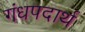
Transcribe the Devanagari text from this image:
गंधपदार्थ